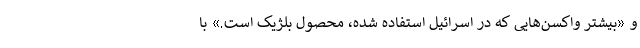
و «بیشتر واکسن‌هایی که در اسرائیل استفاده شده، محصول بلژیک است.» با